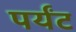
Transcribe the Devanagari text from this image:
पर्यंट